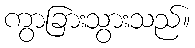
ကွာခြားသွားသည်။